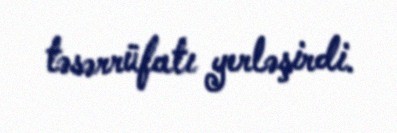
təsərrüfatı yerləşirdi.